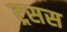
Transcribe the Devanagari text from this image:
ट्रसस